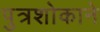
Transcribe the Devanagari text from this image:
पुत्रशोकाने